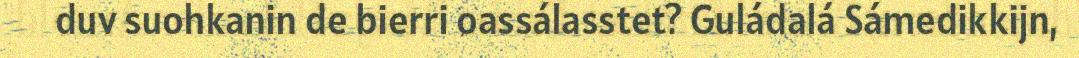
duv suohkanin de bierri oassálasstet? Guládalá Sámedikkijn,